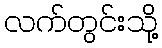
လက်တွင်းသို့